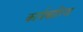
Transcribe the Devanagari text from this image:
कार्यवाहिया